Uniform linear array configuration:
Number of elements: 24
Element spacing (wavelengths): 0.25
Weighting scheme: binomial
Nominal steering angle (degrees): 30
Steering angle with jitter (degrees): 30.314
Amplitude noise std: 0.05
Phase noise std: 0.05

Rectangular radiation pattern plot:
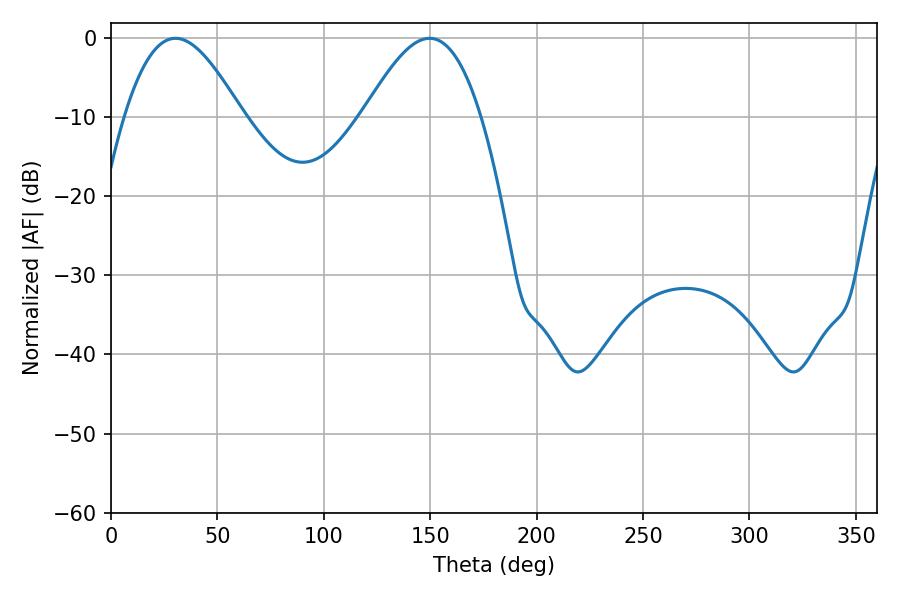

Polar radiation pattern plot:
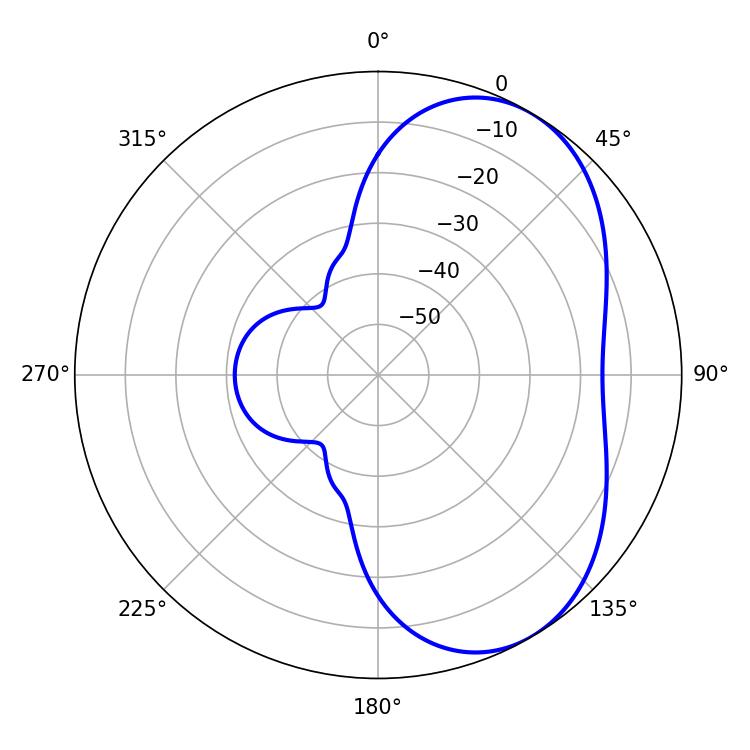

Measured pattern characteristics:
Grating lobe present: FALSE
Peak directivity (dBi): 5.071
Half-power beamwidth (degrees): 29.88
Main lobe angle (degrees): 149.76